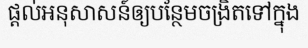
ផ្តល់អនុសាសន៍ឲ្យបន្ថែមចង្រិតទៅក្នុង